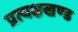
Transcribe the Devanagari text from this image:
प्रत्यक्षखण्ड